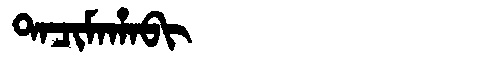
Manchu: ᡨᠠᠴᡳᠮᠠᡥᠠᠪᡳ
Romanization: TACIMAHABI